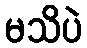
မသိပဲ